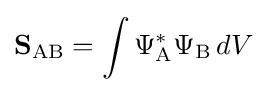
\mathbf {S} _{\mathrm {AB} }=\int \Psi _{\mathrm {A} }^{*}\Psi _{\mathrm {B} }\,dV